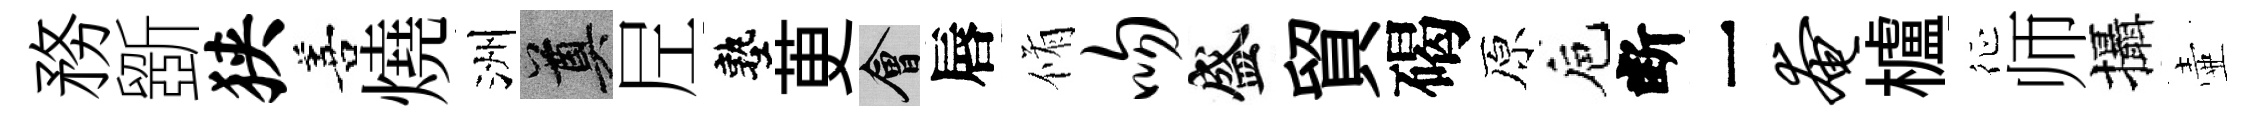
務斵狭善燒洲奠𡰱塾茰會唇脩吻盛貿碣原巵断一奄櫨征师攝壷